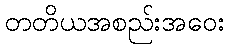
တတိယအစည်းအဝေး